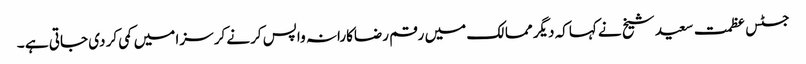
جسٹس عظمت سعید شیخ نے کہاکہ دیگر ممالک میں رقم رضاکارانہ واپس کرنے کر سزا میں کمی کر دی جاتی ہے ۔